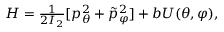
\begin{array} { r } { H = \frac { 1 } { 2 I _ { 2 } } [ p _ { \theta } ^ { 2 } + \tilde { p } _ { \varphi } ^ { 2 } ] + b U ( \theta , \varphi ) , } \end{array}